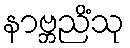
နာဗ္ဘညိံသု